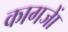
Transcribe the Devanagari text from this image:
कागजाें